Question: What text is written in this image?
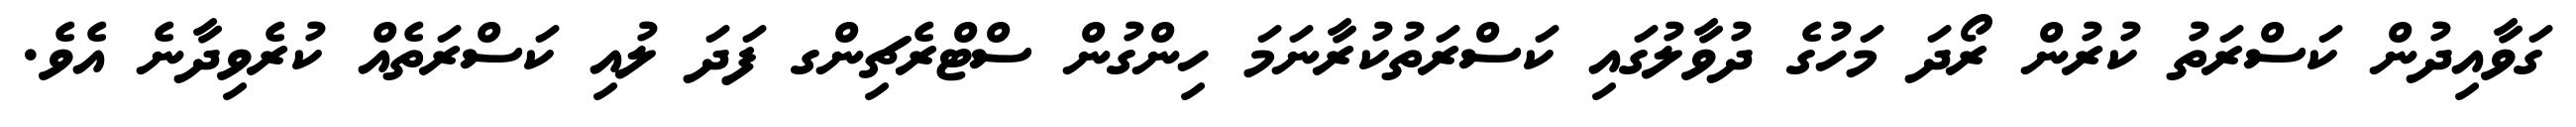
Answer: ގަވާއިދުން ކަސްރަތު ކުރުން ރޯދަ މަހުގެ ދުވާލުގައި ކަސްރަތުކުރާނަމަ ހިންގުން ސްޓްރެޗިންގ ފަދަ ލުއި ކަސްރަތެއް ކުރެވިދާނެ އެވެ.